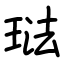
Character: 琺